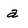
Character: a